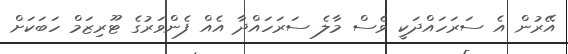
އޭރުން އެ ސަރަހައްދަކީ ވެސް މާލެ ސަރަހައްދާ އެއް ފެންވަރުގެ ޓޫރިޒަމް ހަބަކަށް